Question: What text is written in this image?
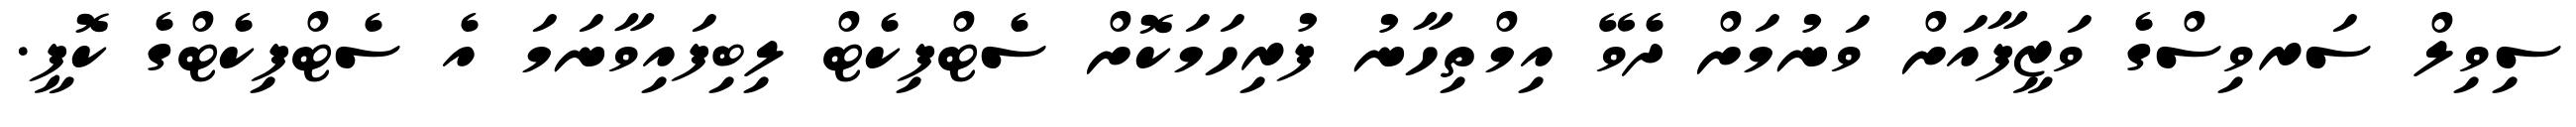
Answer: ސިވިލް ސަރވިސްގެ ވަޒީފާއަށް ވަނުމަށް ދެވޭ އިމްތިހާނު ފުރިހަމަކޮށް ސެޓްފިކެޓް ލިބިފައިވާނަމަ އެ ސެޓްފިކެޓްގެ ކޮޕީ.